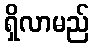
ရှိလာမည်